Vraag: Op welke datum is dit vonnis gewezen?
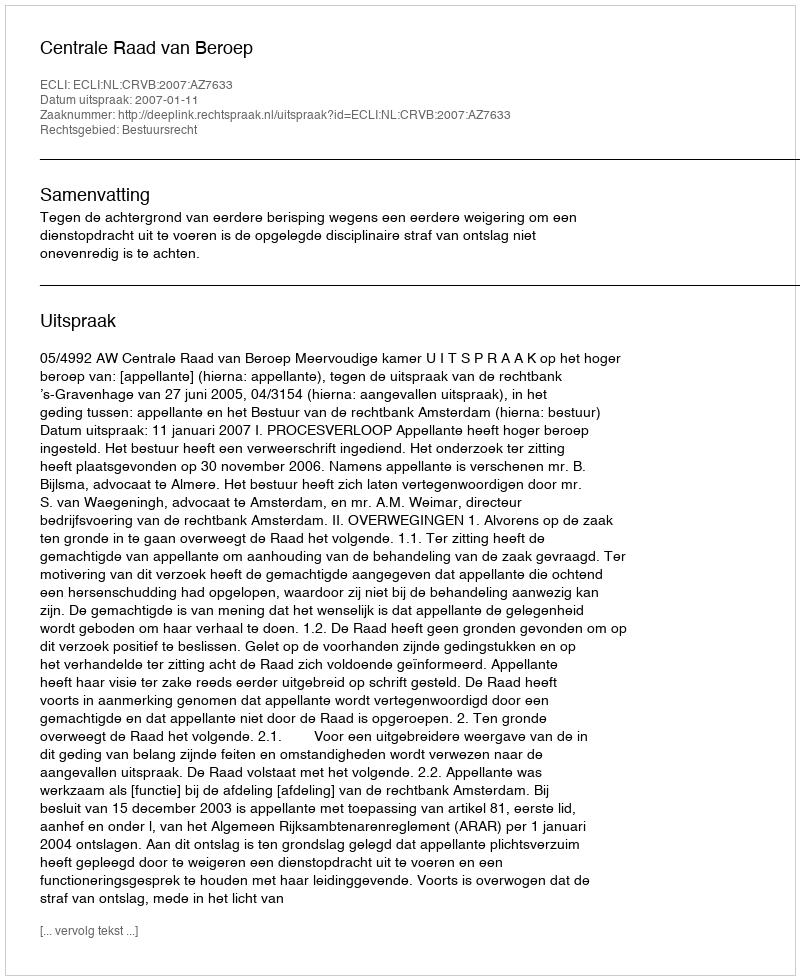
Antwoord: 2007-01-11